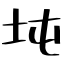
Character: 坉